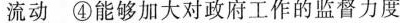
流动 ④能够加大对政府工作的监督力度